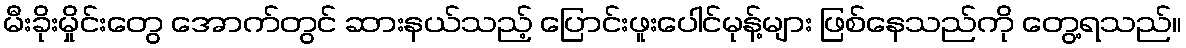
မီးခိုးမှိုင်းတွေ အောက်တွင် ဆားနယ်သည့် ပြောင်းဖူးပေါင်မုန့်များ ဖြစ်နေသည်ကို တွေ့ရသည်။